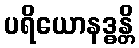
ပရိယောနဒ္ဓန္တိ